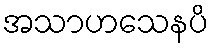
အသာဟသေနပိ